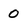
Character: 0